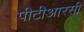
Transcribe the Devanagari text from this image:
पीटीआरसी